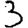
Digit: 3